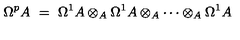
\Omega ^ { p } A \ = \ \Omega ^ { 1 } A \otimes _ { A } \Omega ^ { 1 } A \otimes _ { A } \cdots \otimes _ { A } \Omega ^ { 1 } A